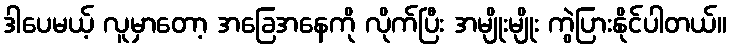
ဒါပေမယ့် လူမှာတော့ အခြေအနေကို လိုက်ပြီး အမျိုးမျိုး ကွဲပြားနိုင်ပါတယ်။